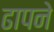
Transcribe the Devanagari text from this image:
ढापने